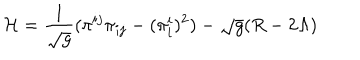
{ \cal H } = \frac { 1 } { \sqrt { g } } ( \pi ^ { i j } \pi _ { i j } - ( \pi _ { i } ^ { i } ) ^ { 2 } ) - \sqrt { g } ( R - 2 \Lambda )